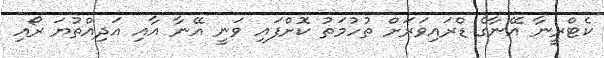
ކެޓްރީނާ އޭނާގެ ޑްރައިވަރަށް ތުހުމަތު ކޮށްފައި ވަނީ އޭނާ އާއި އަދިއްތުޔަ ރޯއި